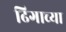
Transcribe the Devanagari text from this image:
ढिगाच्या